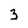
Character: 3